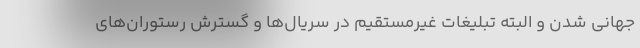
جهانی شدن و البته تبلیغات غیرمستقیم در سریال‌ها و گسترش رستوران‌های